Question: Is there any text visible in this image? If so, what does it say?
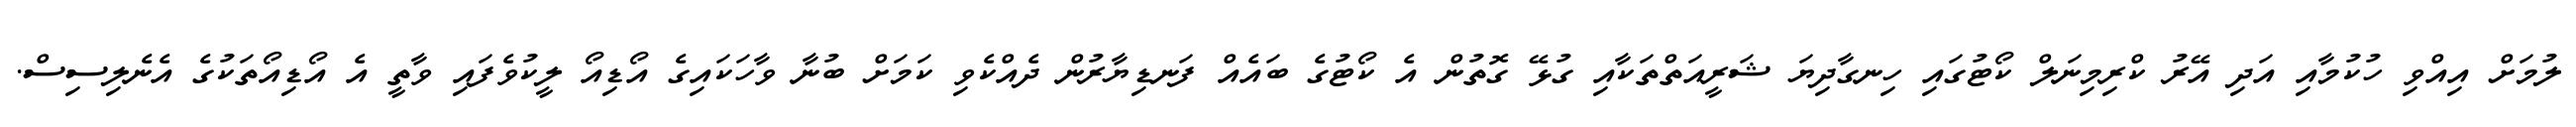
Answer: ލުމަށް އިއްވި ހުކުމާއި އަދި އޭރު ކްރިމިނަލް ކޯޓުގައި ހިނގާދިޔަ ޝަރީއަތްތަކާއި ގުޅޭ ގޮތުން އެ ކޯޓުގެ ބައެއް ފަނޑިޔާރުން ދެއްކެވި ކަމަށް ބުނާ ވާހަކައިގެ އޯޑިއޯ ލީކުވެފައި ވާތީ އެ އޯޑިއޯތަކުގެ އެނެލިސިސް.